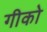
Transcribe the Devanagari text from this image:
गीको